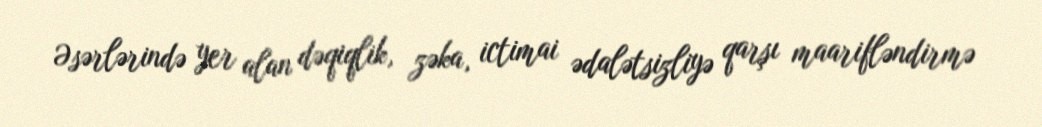
Əsərlərində yer alan dəqiqlik, zəka, ictimai ədalətsizliyə qarşı maarifləndirmə